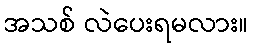
အသစ် လဲပေးရမလား။